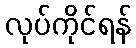
လုပ်ကိုင်ရန်